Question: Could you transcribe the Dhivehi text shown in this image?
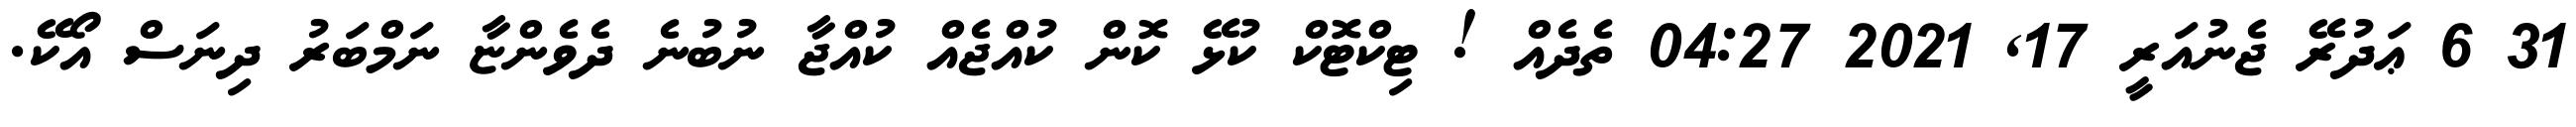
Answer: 31 6 ޢަދުރޭ ޖެނުއަރީ 17, 2021 04:27 ތެދެއް ! ޓިކްޓޮކް ކުޅޭ ކޮން ކުއްޖެއް ކުއްޖާ ނުބުނެ ދެވެންޏާ ނަމްބަރު ދިނަސް އޯކޭ.